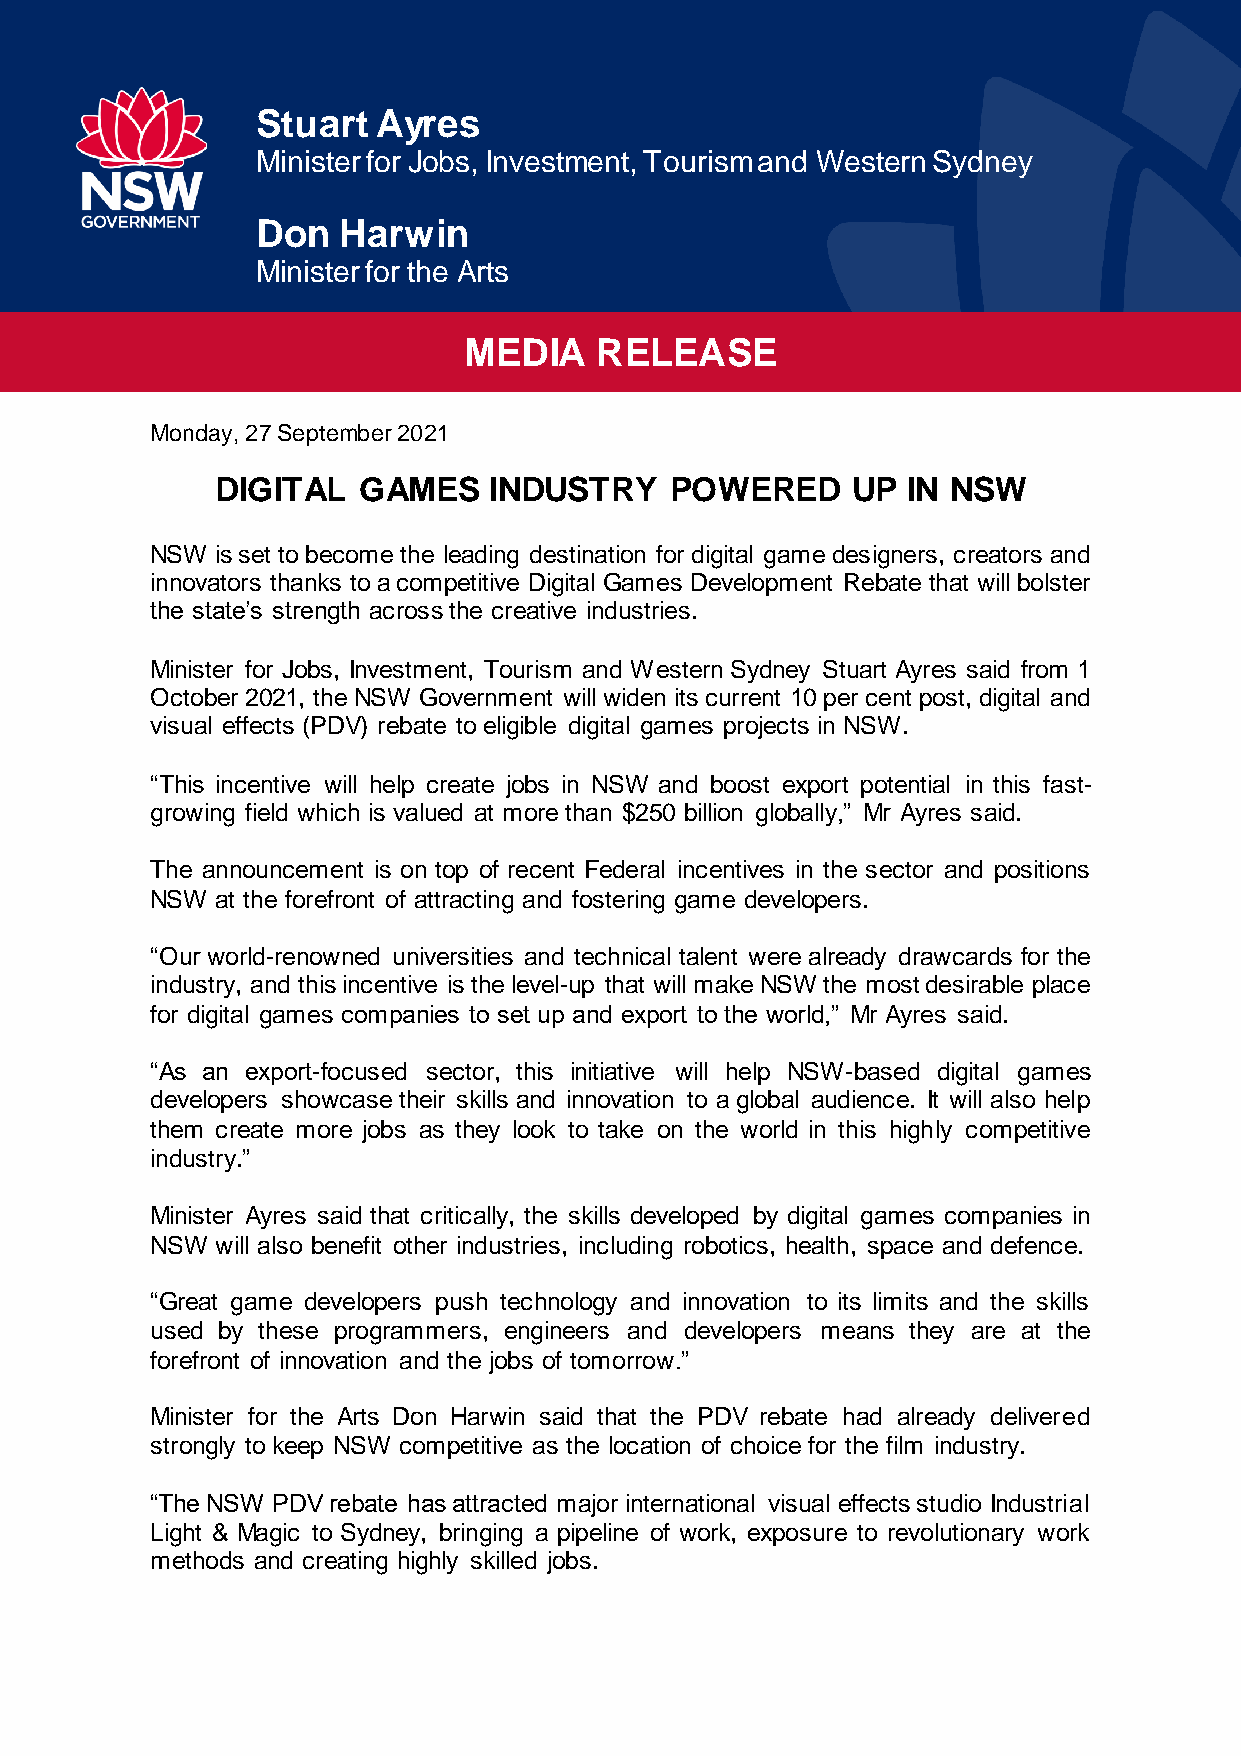
Stuart  Ayres
 Minister for Jobs, Investment, Tourism and Western Sydney
 Don  Harwin
 Minister for the Arts
 MEDIA   RELEASE
 Monday, 27 September 2021
 DIGITAL   GAMES   INDUSTRY    POWERED     UP  IN NSW
 NSW is set to become the leading destination for digital game designers, creators and
 innovators thanks to a competitive Digital Games Development Rebate that will bolster
 the state’s strength across the creative industries.
 Minister for Jobs, Investment, Tourism and Western Sydney Stuart Ayres said from 1
 October 2021, the NSW Government will widen its current 10 per cent post, digital and
 visual effects (PDV) rebate to eligible digital games projects in NSW.
 “This incentive will help create jobs in NSW and boost export potential in this fast-
 growing field which is valued at more than $250 billion globally,” Mr Ayres said.
 The announcement is on top of recent Federal incentives in the sector and positions
 NSW at the forefront of attracting and fostering game developers.
 “Our world-renowned universities and technical talent were already drawcards for the
 industry, and this incentive is the level-up that will make NSW the most desirable place
 for digital games companies to set up and export to the world,” Mr Ayres said.
 “As an export-focused sector, this initiative will help NSW-based digital games
 developers showcase their skills and innovation to a global audience. It will also help
 them create more jobs as they look to take on the world in this highly competitive
 industry.”
 Minister Ayres said that critically, the skills developed by digital games companies in
 NSW will also benefit other industries, including robotics, health, space and defence.
 “Great game developers push technology and innovation to its limits and the skills
 used by these programmers, engineers and developers means they are at the
 forefront of innovation and the jobs of tomorrow.”
 Minister for the Arts Don Harwin said that the PDV rebate had already delivered
 strongly to keep NSW competitive as the location of choice for the film industry.
 “The NSW PDV rebate has attracted major international visual effects studio Industrial
 Light & Magic to Sydney, bringing a pipeline of work, exposure to revolutionary work
 methods and creating highly skilled jobs.